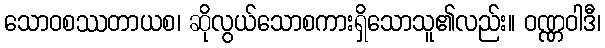
သောဝစဿတာယစ၊ ဆိုလွယ်သောစကားရှိသောသူ၏လည်း။ ဝဏ္ဏဝါဒီ၊